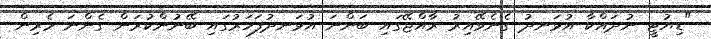
"ޑިޔުޓީ ނުދައްކާ އުޅަނދު ގެނެވޭއިރު ރާއްޖޭގައި ބަންނަ އުޅަނދުފަހަރުގައި ބޭނުންކުރަން ގެންނަ މެރިން